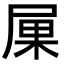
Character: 𡱼